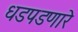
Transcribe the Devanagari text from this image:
धडपडणारे